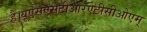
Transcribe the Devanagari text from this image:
हैं।यूएसएसटीआरऐटीसीओएम्